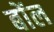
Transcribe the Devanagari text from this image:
बोंल